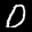
Label: 0